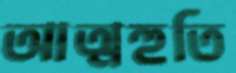
আত্মহুতি